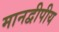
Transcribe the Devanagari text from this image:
मानद्वीपीय